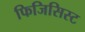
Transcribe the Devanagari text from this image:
फिजिसिस्ट